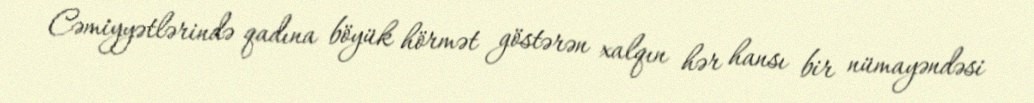
Cəmiyyətlərində qadına böyük hörmət göstərən xalqın hər hansı bir nümayəndəsi